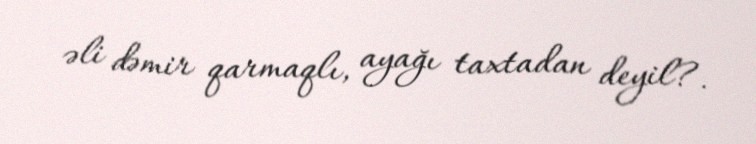
əli dəmir qarmaqlı, ayağı taxtadan deyil?.